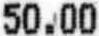
50.00